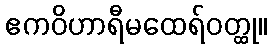
ဧကဝိဟာရီမထေရ်ဝတ္ထု။